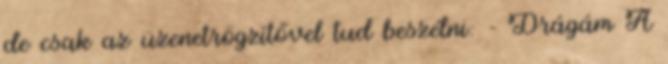
de csak az üzenetrögzítővel tud beszélni: - Drágám A